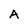
Character: A